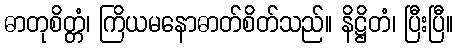
ဓာတုစိတ္တံ၊ ကြိယမနောဓာတ်စိတ်သည်။ နိဋ္ဌိတံ၊ ပြီးပြီ။